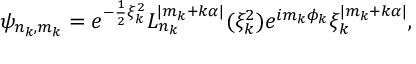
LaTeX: \psi _ { n _ { k } , m _ { k } } = e ^ { - \frac { 1 } { 2 } \xi _ { k } ^ { 2 } } L _ { n _ { k } } ^ { | m _ { k } + k \alpha | } ( \xi _ { k } ^ { 2 } ) e ^ { i m _ { k } \phi _ { k } } \xi _ { k } ^ { | m _ { k } + k \alpha | } ,